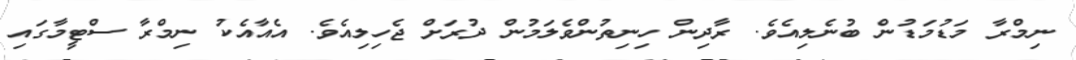
ނިމްރާ މަޑުމަޑުން ބުނެލިއެވެ. ރާދިން ހިނިތުންވެލަމުން ދުރަށް ޖެހިލިއެވެ. އެއާއެކު ނިމްރާ ސްޓީމާގައި